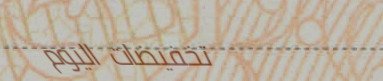
تخفيضات اليوم